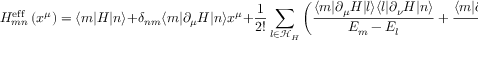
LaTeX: H _ { m n } ^ { \mathrm { e f f } } \left( x ^ { \mu } \right) = \langle m | H | n \rangle + \delta _ { n m } \langle m | \partial _ { \mu } H | n \rangle x ^ { \mu } + { \frac { 1 } { 2 ! } } \sum _ { l \in { \mathcal { H } } _ { H } } \left( { \frac { \langle m | \partial _ { \mu } H | l \rangle \langle l | \partial _ { \nu } H | n \rangle } { E _ { m } - E _ { l } } } + { \frac { \langle m | \partial _ { \nu } H | l \rangle \langle l | \partial _ { \mu } H | n \rangle } { E _ { n } - E _ { l } } } \right) x ^ { \mu } x ^ { \nu } + \cdots .